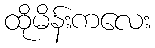
ထိုမိန်းကလေး